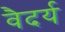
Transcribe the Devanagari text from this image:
वैदर्य